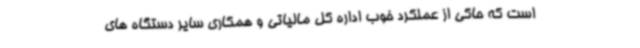
است که حاکی از عملکرد خوب اداره کل مالیاتی و همکاری سایر دستگاه های